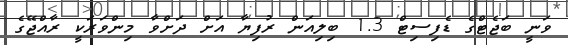
ވަނީ ބަޖެޓްގެ ޑެފިސިޓް 1.3 ބިލިއަން ރުފިޔާ އަށް ދަށްވާ މިންވަރަކީ ރާއްޖޭގެ